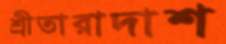
শ্রীতারাদাশ